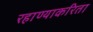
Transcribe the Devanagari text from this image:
रहाण्याकरिता